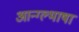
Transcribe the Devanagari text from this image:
आन्ग्ल्भाषा